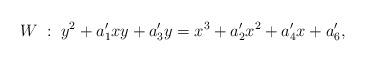
LaTeX: \begin{align*} W \; : \; y^2 + a_1' xy + a_3'y = x^3 + a_2' x^2 + a_4' x + a_6',\end{align*}